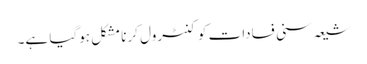
شیعہ سنی فسادات کو کنٹرول کرنا مشکل ہوگیا ہے۔